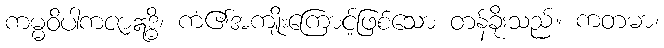
ကမ္မဝိပါကဇာဣဒ္ဓိ၊ ကံ၏အကျိုးကြောင့်ဖြစ်သော တန်ခိုးသည်။ ကတမာ၊